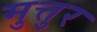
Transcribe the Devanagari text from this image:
मुत्तुर